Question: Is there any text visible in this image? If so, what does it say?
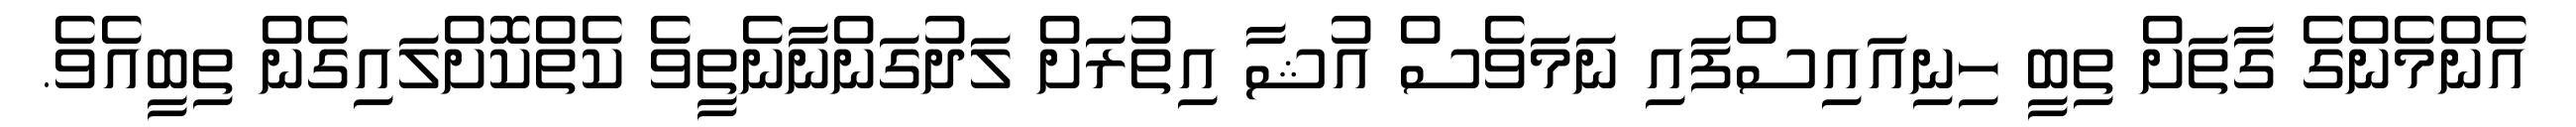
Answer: އެންމެންގެ ގާތަށް ތިބީ ހިނިއައިސްފައި ނަމަވެސް އުޝާ އިތުރަށް ލަދުގަންނާނެތީވެ ކެތްކޮށްލައިގެން ތިބީއެވެ.